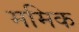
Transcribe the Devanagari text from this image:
ममिक